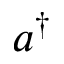
a ^ { \dagger }